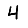
Digit: 4